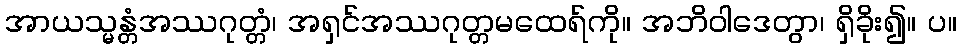
အာယသ္မန္တံအဿဂုတ္တံ၊ အရှင်အဿဂုတ္တမထေရ်ကို။ အဘိဝါဒေတွာ၊ ရှိခိုး၍။ ပ။